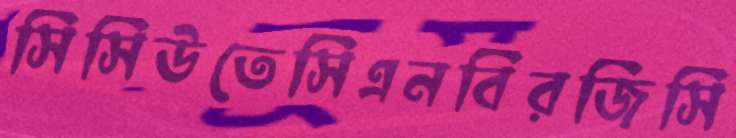
সিসিউতেসিএনবিরজিসি